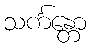
သင်္ကန္တော